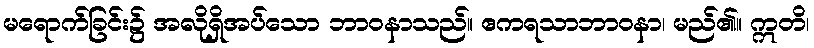
မရောက်ခြင်း၌ အလိုရှိအပ်သော ဘာဝနာသည်။ ဧကရသာဘာဝနာ၊ မည်၏။ ဣတိ၊